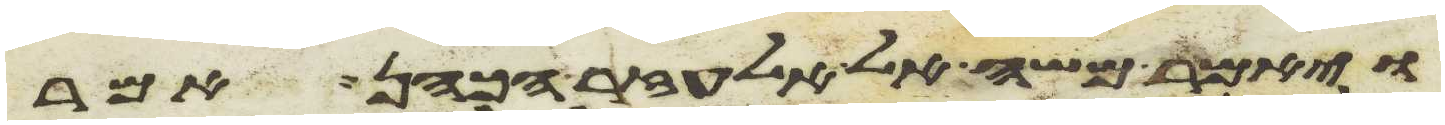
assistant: ויאמר משה אל אלעזר הכהן אמר